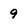
Character: 9